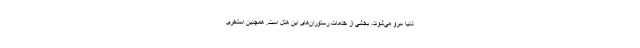
دنیا سرو می‌شوند، بخشی از خدمات رستوران‌های این هتل است. همچنین استخری